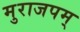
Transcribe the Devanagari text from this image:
मुराजपम्